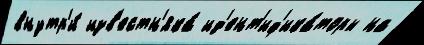
внутр'и́ изв'естн'яка́ ид'ент'иф'ика́торы на